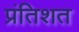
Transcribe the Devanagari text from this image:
प्रंतिशत